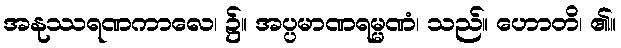
အနုဿရဏကာလေ၊ ၌။ အပ္ပမာဏရမ္မဏံ၊ သည်။ ဟောတိ၊ ၏။